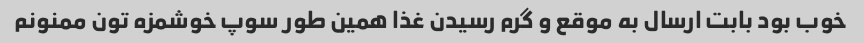
خوب بود بابت ارسال به موقع و گرم رسیدن غذا همین طور سوپ خوشمزه تون ممنونم